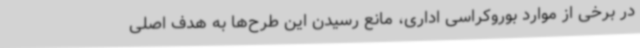
در برخی از موارد بوروکراسی اداری، مانع رسیدن این طرح‌ها به هدف اصلی